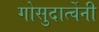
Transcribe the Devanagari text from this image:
गोसुदार्त्वेनी